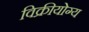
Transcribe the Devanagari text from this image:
विक्रीयोग्य